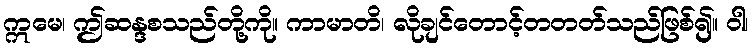
ဣမေ၊ ဤဆန္ဒစသည်တို့ကို။ ကာမာတိ၊ လိုချင်တောင့်တတတ်သည်ဖြစ်၍။ ဝါ၊